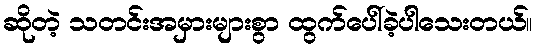
ဆိုတဲ့ သတင်းအမှားများစွာ ထွက်ပေါ်ခဲ့ပါသေးတယ်။